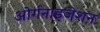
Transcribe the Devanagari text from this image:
ओर्गनाइजेशन